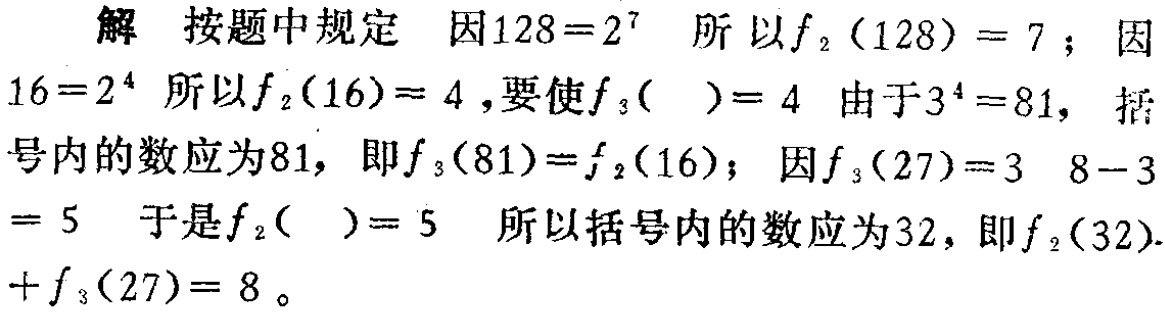
解 按题中规定 因\(128 = 2^{7}\) 所以\(f_{2}(128)=7\)；因\(16 = 2^{4}\) 所以\(f_{2}(16)= 4\)，要使\(f_{3}(\space)= 4\) 由于\(3^{4}=81\)，括号内的数应为\(81\)，即\(f_{3}(81)=f_{2}(16)\)；因\(f_{3}(27)=3\) \(8 - 3= 5\) 于是\(f_{2}(\space)= 5\) 所以括号内的数应为\(32\)，即\(f_{2}(32)\). \(+f_{3}(27)= 8\)。